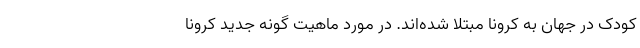
کودک در جهان به کرونا مبتلا شده‌اند. در مورد ماهیت گونه جدید کرونا